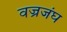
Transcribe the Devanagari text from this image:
वज्रजंघ